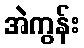
အဲကွန်း